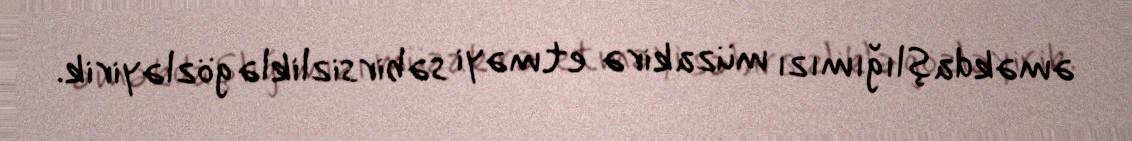
əməkdaşlığımızı müzakirə etməyi səbirsizliklə gözləyirik.